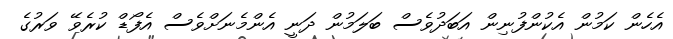
އެހެން ކަމުން އެކުންފުނިން އަބަދުވެސް ބަލަމުން ދަނީ އެންމެނަށްވެސް އެފޯޑް ކުރެވޭ ވަރުގެ